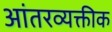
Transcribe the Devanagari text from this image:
आंतरव्यक्तीक